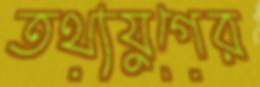
তথ্যযুগের